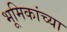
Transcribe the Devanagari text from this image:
भूमिकांच्या